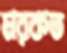
মরকত